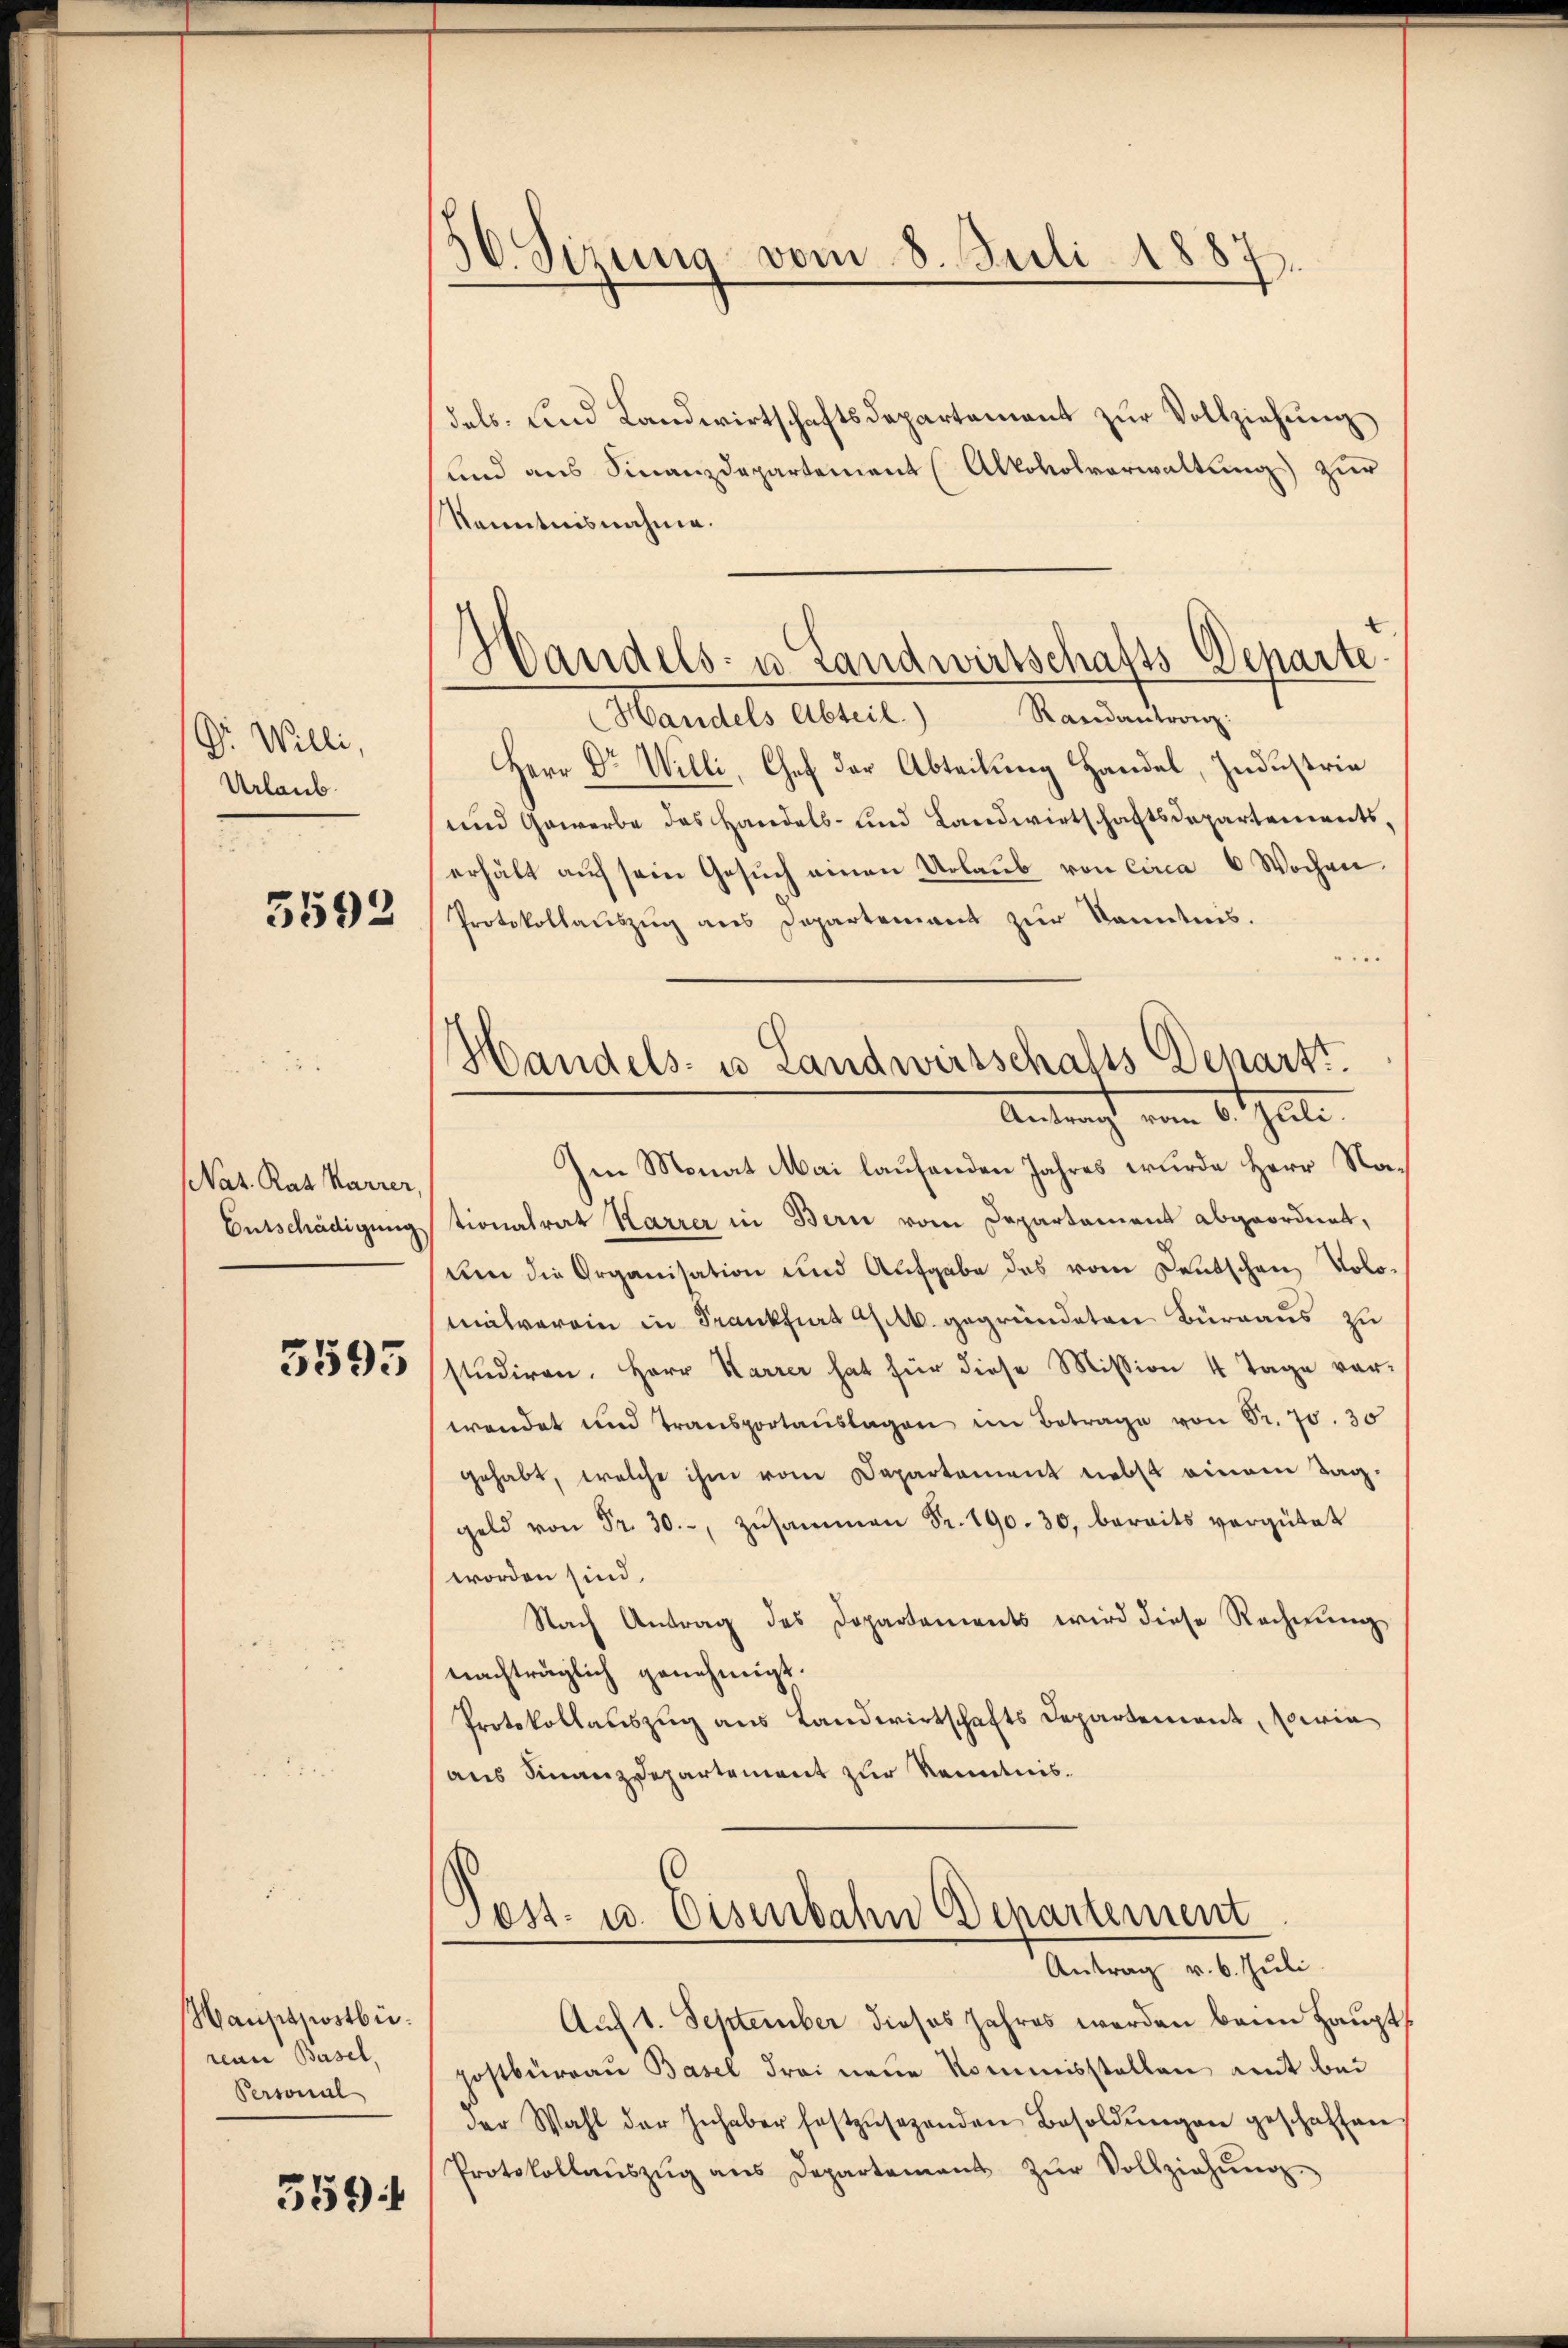
Dr. Willi,
Urlaub.

3592

Nat. Rat Karrer,
Entschädigung

3595

Hauptpostbü
renn Basel,
Personal

359

56. Sizung vom 8. Juli 1887.

Handels- u. Landwirtschafts-Departe.

Handels- u Landweisschafts Denarzt.
Antragt vom Betheile

dels- und Landwirtschaftsdepartement zur Vollziehung
und aus Finanzdepartement (Altovolverwaltung zur
Kenntnisnahme.
Handels Abteil. Randantvonz:
Herr Dr Willi, Chef der Abteilung Handel, Industria
und Gewerbe des Handels- und Landwirtschaftsdepartements,
erhält auf sein Gesŭch einen Urlaub von circa 6 Wochen.
Protokollauszug aus Departement zur Kenntnis.
n
Im Monat Mai laufenden Jahres wurde Herr Nationalrat Karrer in Bern vom Departament abgeordnet,
Um die Organisation und Aufgabe das vom Deutschen Volomalverein in Frankfurt geb. gegründeten Büreaus zu
stŭdiren. Herr Karrer hat für diese Mission 4 Tage vor-
wendet und Transportaŭslagen im Betrage von Fr. 70. 30
gehabt, welche ihm vom Departement nebst einem Tag.
geld von Fr. 30. zŭsammen Fr. 190. 30, bereits vergütet
worden sind.
Nach Antrag des Dopartements wird diese Rechnŭng,
nachträglich genehmigt.
Protokollauszug aus Landwirtschafts Departement, sowie
aus Finanzdepartement zur Kenntnis.
Pest. u. Eisenbahn Departement
Antrag v. 6. Juli
Auf 1. September dieses Jahres werden beim Hauptpostbüreau Basel Frei neue Kommisstellen mit bei
der Wahl der Inhaber festzŭsehenden Besoldŭngen geschaften
Protokollaŭszŭg ans Departement zŭr Vollziehŭng.